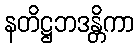
နတိဋ္ဌဘဒန္တိကာ